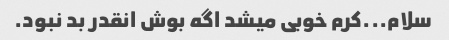
سلام...کرم خوبی میشد اگه بوش انقدر بد نبود.